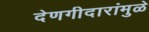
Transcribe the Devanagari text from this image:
देणगीदारांमुळे